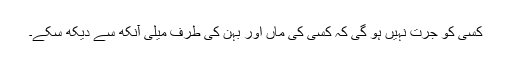
کسی کو جرت نہیں ہو گی کہ کسی کی ماں اور بہن کی طرف میلی آنکھ سے دیکھ سکے۔